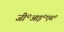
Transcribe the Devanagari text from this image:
जी॰आइ॰एस॰